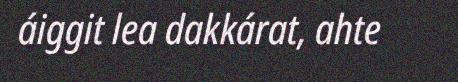
áiggit lea dakkárat, ahte